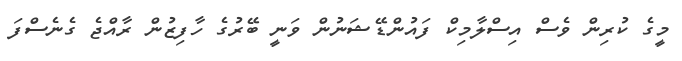
މީގެ ކުރިން ވެސް އިސްލާމިކް ފައުންޑޭޝަނުން ވަނީ ބޭރުގެ ހާފިޒުން ރާއްޖެ ގެނެސްފަ